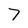
Character: 7